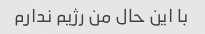
با این حال من رژیم ندارم